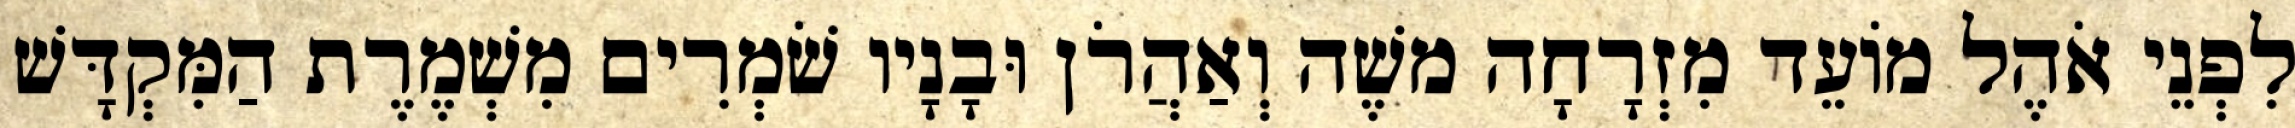
לִפְנֵי אֹהֶל מוֹעֵד מִזְרָחָה משֶׁה וְאַהֲרֹן וּבָנָיו שֹׁמְרִים מִשְׁמֶרֶת הַמִּקְדָּשׁ